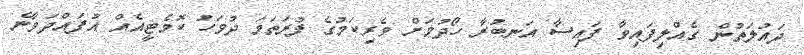
ދައުލަތުން ގެއްލިފައިވާ ފައިސާ އަނބުރާ ހޯދުމަށް ވެރިކަމުގެ ފުރަތަމަ ދުވަހު ކޮމެޓީއެއް އުފައްދަވާނެ